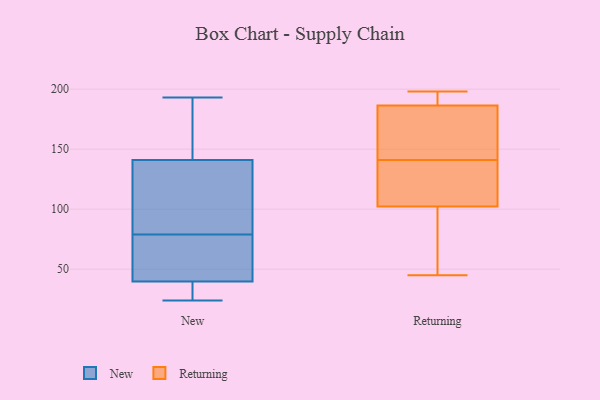
{"axis": {"x": "Budget (USD K)", "y": "Value"}, "legend": ["New", "Returning"], "data": [{"x": "", "y": 133, "type": "New"}, {"x": "", "y": 165, "type": "New"}, {"x": "", "y": 40, "type": "New"}, {"x": "", "y": 79, "type": "New"}, {"x": "", "y": 39, "type": "New"}, {"x": "", "y": 83, "type": "New"}, {"x": "", "y": 57, "type": "New"}, {"x": "", "y": 193, "type": "New"}, {"x": "", "y": 35, "type": "New"}, {"x": "", "y": 24, "type": "New"}, {"x": "", "y": 189, "type": "New"}, {"x": "", "y": 112, "type": "New"}, {"x": "", "y": 74, "type": "New"}, {"x": "", "y": 122, "type": "Returning"}, {"x": "", "y": 122, "type": "Returning"}, {"x": "", "y": 190, "type": "Returning"}, {"x": "", "y": 96, "type": "Returning"}, {"x": "", "y": 149, "type": "Returning"}, {"x": "", "y": 198, "type": "Returning"}, {"x": "", "y": 196, "type": "Returning"}, {"x": "", "y": 156, "type": "Returning"}, {"x": "", "y": 176, "type": "Returning"}, {"x": "", "y": 99, "type": "Returning"}, {"x": "", "y": 45, "type": "Returning"}, {"x": "", "y": 82, "type": "Returning"}, {"x": "", "y": 112, "type": "Returning"}, {"x": "", "y": 141, "type": "Returning"}, {"x": "", "y": 191, "type": "Returning"}]}